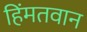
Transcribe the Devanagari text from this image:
हिंमतवान